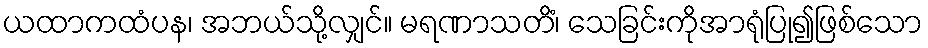
ယထာကထံပန၊ အဘယ်သို့လျှင်။ မရဏာသတိံ၊ သေခြင်းကိုအာရုံပြု၍ဖြစ်သော